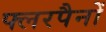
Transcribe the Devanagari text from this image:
फ्लरपैनों